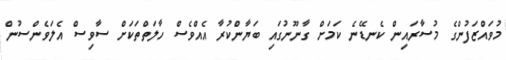
މުވައްޒަފުންގެ މުސާރައިން ކެނޑޭނެ ކަމަށް ގާނޫނުގައި ބަޔާންކުރާ އެއްވެސް ހާލަތްތަކަށް ސާވިސް އެލަވެންސުން